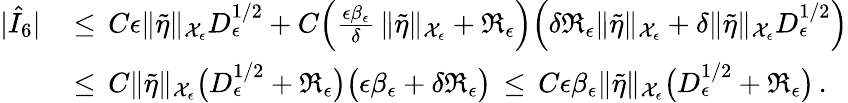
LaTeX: \begin{array}{rl}{|\hat{I}_{6}|\, }&{\le\, C\epsilon\| \tilde{\eta}\| _{\mathcal{X}_{\epsilon}}D_{\epsilon}^{1/2}+C\Bigl(\frac{\epsilon\beta_{\epsilon}}{\delta}\, \| \tilde{\eta}\| _{\mathcal{X}_{\epsilon}}+\mathfrak{R}_{\epsilon}\Bigr)\Bigl(\delta\mathfrak{R}_{\epsilon}\| \tilde{\eta}\| _{\mathcal{X}_{\epsilon}}+\delta\| \tilde{\eta}\| _{\mathcal{X}_{\epsilon}}D_{\epsilon}^{1/2}\Bigr)}\\ {\, }&{\le\, C\| \tilde{\eta}\| _{\mathcal{X}_{\epsilon}}\bigl(D_{\epsilon}^{1/2}+\mathfrak{R}_{\epsilon}\bigr)\bigl(\epsilon\beta_{\epsilon}+\delta\mathfrak{R}_{\epsilon}\bigr)\, \le\, C\epsilon\beta_{\epsilon}\| \tilde{\eta}\| _{\mathcal{X}_{\epsilon}}\bigl(D_{\epsilon}^{1/2}+\mathfrak{R}_{\epsilon}\bigr)\, .}\end{array}